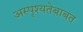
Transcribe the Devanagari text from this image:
अस्पृश्यतेबाबत